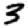
Digit: 3